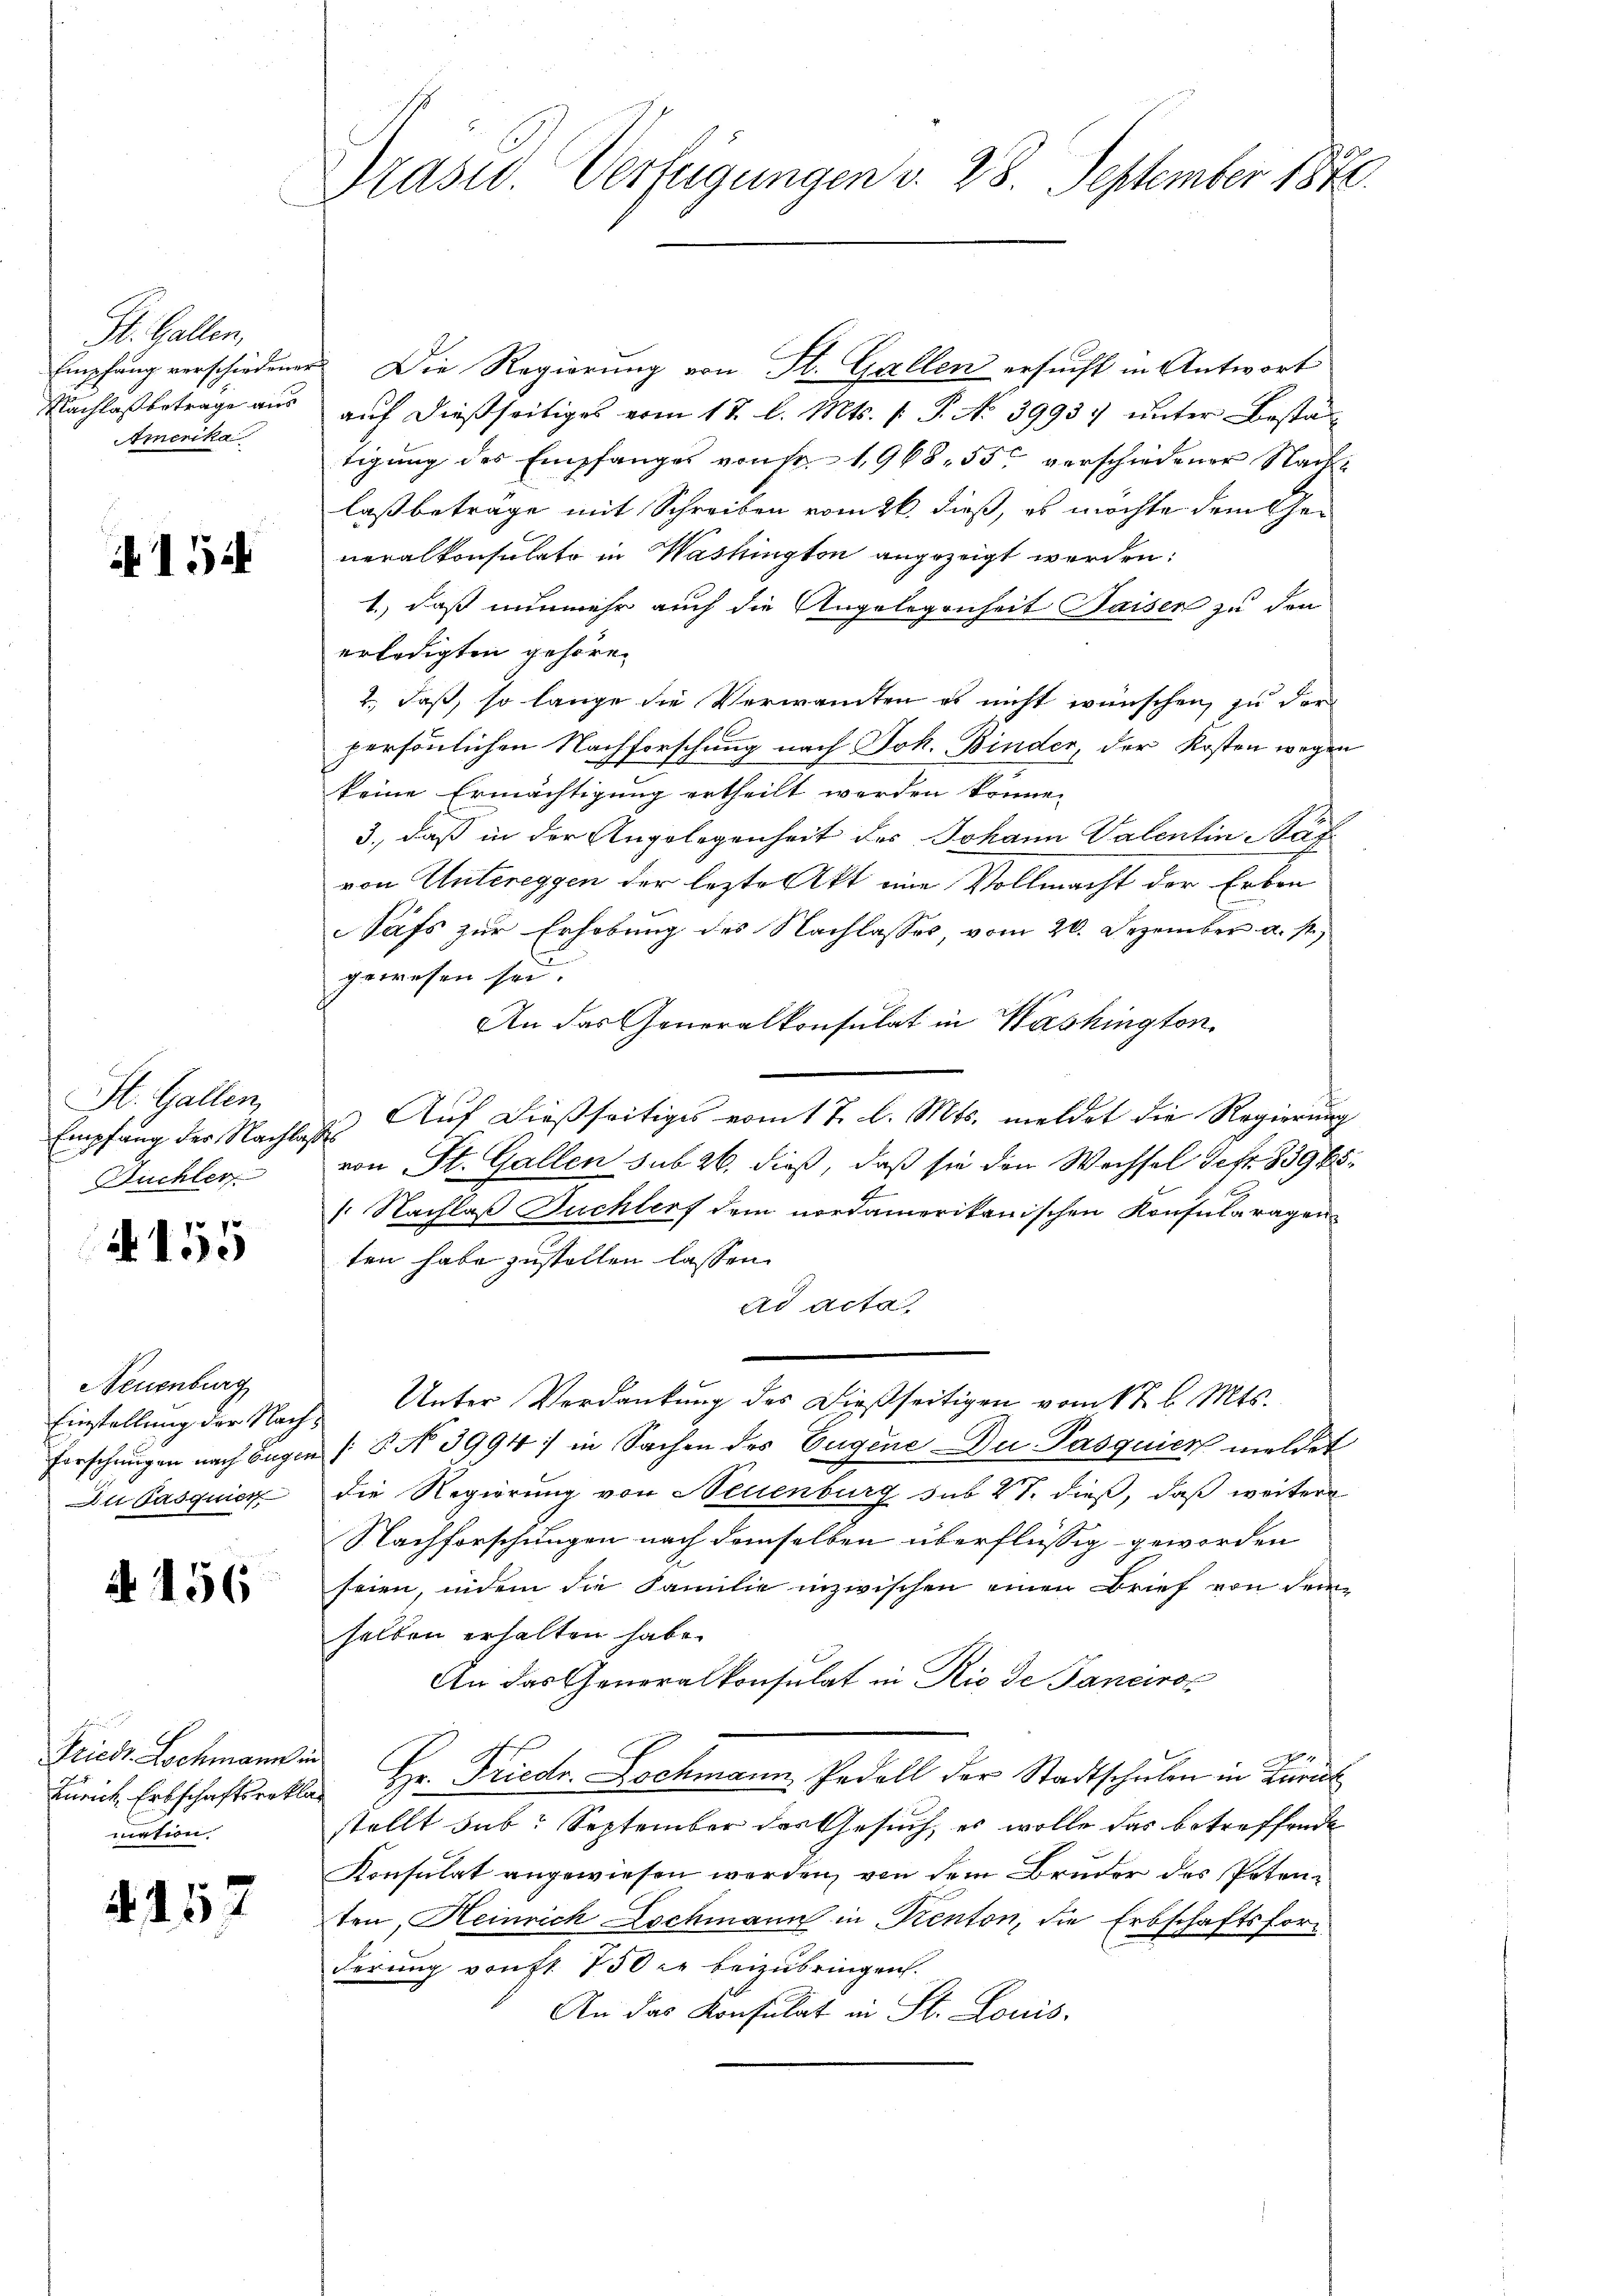
St. Gallen,
Empfang verschiedenen
Nachlaß betrage aus
Amerika

152

St. Gallen,
Empfang des Nachlag
Nüchler

4155

Neuenburg
Einstellung der Nach¬
Forschungen nach Eugen
Du Pasquier

A 156

Friedt Lochmann ein
Zürich, Erbschaftsreklamation.

4157

Präsid. Verfügungen v. 28. September 1846.

Die Regierung von St. Gallen ersucht in Antwort
auf dießseitiges vom 13. l. Mts. f. P. No 39937 unter Bestan
tigung des Empfanges von Fr. 1968. 55, verschiedener Nachlaßbeträge mit Schreiben vom 26. dieß, es möchte dem Generalkonsulate in Washington angezeigt werden;
1.) daß nunmehr auch die Angelegenheit Saiser zu den
erledigten gehöre.
2., daß, so lange die Verwandten es nicht wünschen, zu der
persönlichen Nachforschung nach Joh. Binder, der Kosten wegen
keine Ermächtigung ertheilt werden könne.
3., daß in der Angelegenheit des Johann Valentin Näf
von Untereggen der lezte Akt eine Vollmacht der Erben
Safs zur Erhebung des Nachlasses vom 20. Dezember a. s.
gewesen sei.
An das Generalkonsulat in Washington
u. Aŭf dießseitiges vom 17. l. Mts. meldet die Regierŭng
von St. Gallen sub 26. dieß, daß sie den Wechsel Gefr. 839 65
.Nachlaß Duchlerf dem nordamerikanischen Konsularagen
ten habe zustellen lassen.
ad acta
Unter Verdankung des Dießseitigen vom 1 t l. Mts.
[§ No 3994) in Sachen des Eugene Du Pasquier meldet
die Regierung von Neuenburg sub 27. dieß, daß weitere
Nachforschungen nach demselben überflüssig geworden
seien, indem die Familie inzwischen einen Brief von dem
selben erhalten habe.
An das Generalkonsulat in Rio de Janeiros
Hr. Friedr. Dochmann Pedell der Stadtschŭlen in Zürich
stellt sub. September des Gesuch, es wolle das betreffende
Konsulat angewiesen werden, von dem Bruder des Petenten Heinrich schmann in Kenton, die Erbschaftsforderung von fl. 150 r. beizubringen.
An das Konsulat in St. Louis-